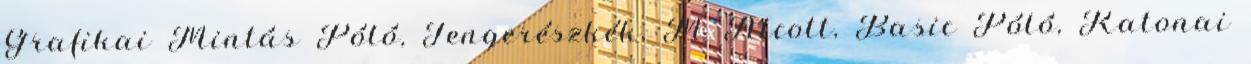
Grafikai Mintás Póló, Tengerészkék, M Alcott, Basic Póló, Katonai